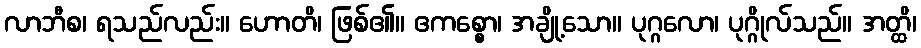
လာဘီစ၊ ရသည်လည်း။ ဟောတိ၊ ဖြစ်၏။ ဧကစ္စော၊ အချို့သော။ ပုဂ္ဂလော၊ ပုဂ္ဂိုလ်သည်။ အတ္ထိ၊